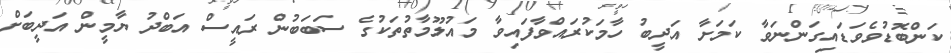
ކަންބޮޑުވެވަޑައިގަންނަވާ ކަމަށާ އަދީބު ހާމަކުރައްވާފައިވާ މައުލޫމާތުތަކުގެ ސަބަބުން ރައީސް އަބްދު ޔާމީން އަދީބަށް